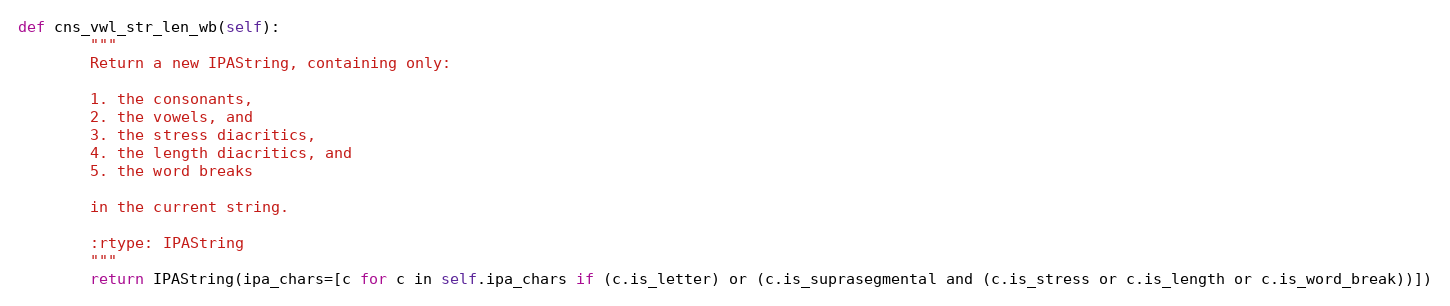
Language: Python
def cns_vwl_str_len_wb(self):
        """
        Return a new IPAString, containing only:

        1. the consonants,
        2. the vowels, and
        3. the stress diacritics,
        4. the length diacritics, and
        5. the word breaks

        in the current string.

        :rtype: IPAString
        """
        return IPAString(ipa_chars=[c for c in self.ipa_chars if (c.is_letter) or (c.is_suprasegmental and (c.is_stress or c.is_length or c.is_word_break))])